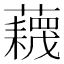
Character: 𧂻